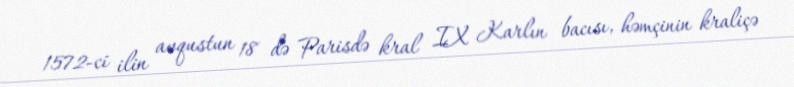
1572-ci ilin avqustun 18 də Parisdə kral IX Karlın bacısı, həmçinin kraliçə